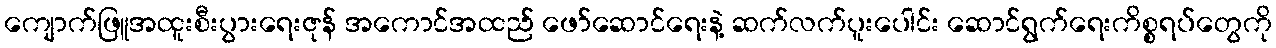
ကျောက်ဖြူအထူးစီးပွားရေးဇုန် အကောင်အထည် ဖော်ဆောင်ရေးနဲ့ ဆက်လက်ပူးပေါင်း ဆောင်ရွက်ရေးကိစ္စရပ်တွေကို